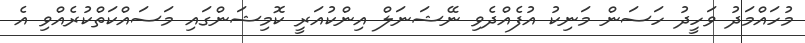
މުހައްމަދު ވަހީދު ހަސަން މަނިކު އުފެއްދެވި ނޭޝަނަލް އިންކުއަރީ ކޮމިޝަންގައި މަސައްކަތްކުރެއްވި އެ